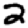
Digit: 2